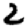
Digit: 2